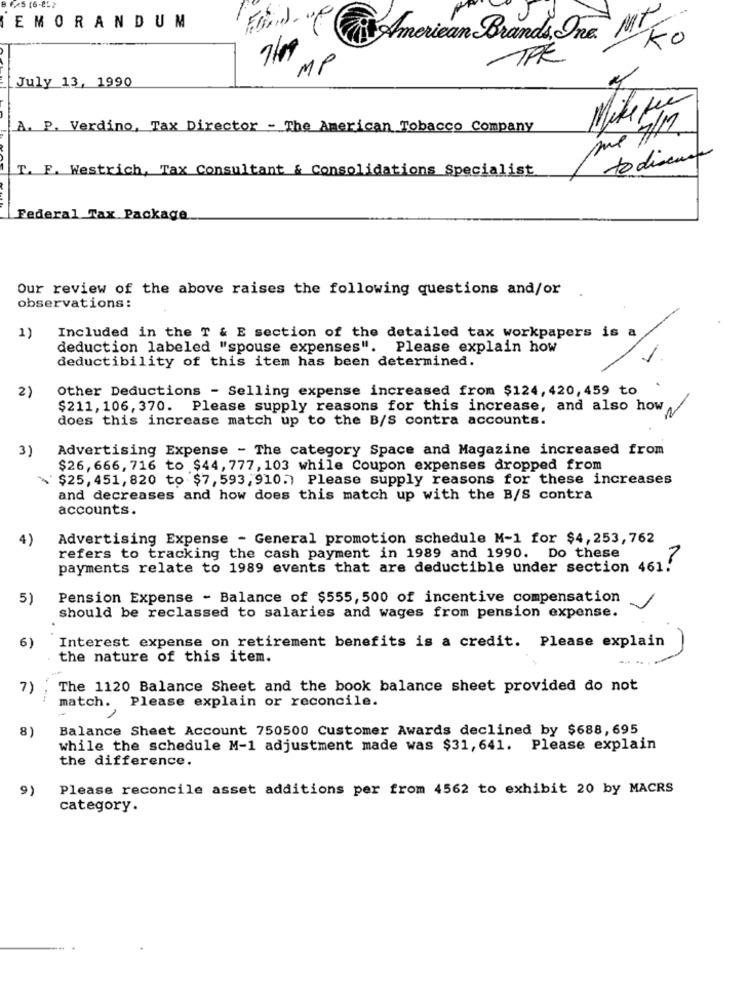
EMORANDUM
American Brands, Ing MT.
to
TRE
710 MP
July 13, 1990
Mike Min
A. P. Verdino, Tax Director - The American Tobacco Company
me #2
T. F. Westrich, Tax Consultant & Consolidations Specialist
to discus
Federal Tax Package
Our review of the above raises the following questions and/or .
observations:
1)
Included in the T & E section of the detailed tax workpapers is a
deduction labeled "spouse expenses". Please explain how
deductibility of this item has been determined.
2)
Other Deductions - Selling expense increased from $124, 420, 459 to
$211, 106, 370. Please supply reasons for this increase, and also how
does this increase match up to the B/S contra accounts.
3)
Advertising Expense - The category Space and Magazine increased from
$26,666, 716 to $44, 777, 103 while Coupon expenses dropped from
\$25, 451, 820 to $7, 593, 910.) Please supply reasons for these increases
and decreases and how does this match up with the B/S contra
accounts.
4)
Advertising Expense - General promotion schedule M-1 for $4,253,762
refers to tracking the cash payment in 1989 and 1990. Do these
payments relate to 1989 events that are deductible under section 461.
5)
Pension Expense - Balance of $555, 500 of incentive compensation
should be reclassed to salaries and wages from pension expense.
6)
Interest expense on retirement benefits is a credit. Please explain
the nature of this item.
7)
The 1120 Balance Sheet and the book balance sheet provided do not
match. Please explain or reconcile.
8)
Balance Sheet Account 750500 Customer Awards declined by $688,695
while the schedule M-1 adjustment made was $31,641. Please explain
the difference.
9)
Please reconcile asset additions per from 4562 to exhibit 20 by MACRS
category.